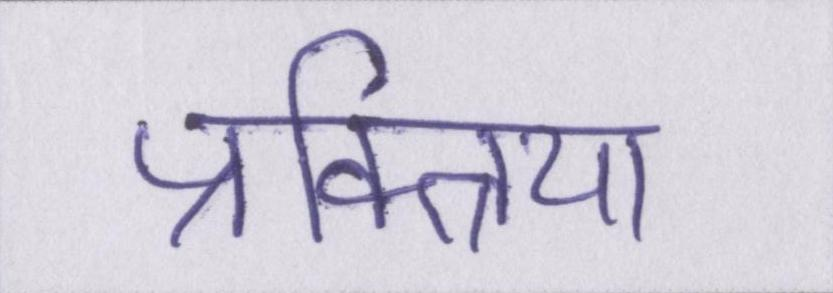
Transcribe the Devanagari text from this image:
प्रक्त्रिया